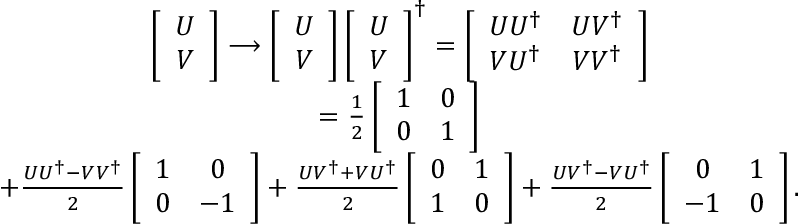
\begin{array} { c } { { \left[ \begin{array} { c } { { U } } \\ { { V } } \end{array} \right] \longrightarrow \left[ \begin{array} { c } { { U } } \\ { { V } } \end{array} \right] \left[ \begin{array} { c } { { U } } \\ { { V } } \end{array} \right] ^ { \dagger } = \left[ \begin{array} { c c } { { U U ^ { \dagger } } } & { { U V ^ { \dagger } } } \\ { { V U ^ { \dagger } } } & { { V V ^ { \dagger } } } \end{array} \right] } } \\ { { = \frac { 1 } { 2 } \left[ \begin{array} { c c } { { 1 } } & { { 0 } } \\ { { 0 } } & { { 1 } } \end{array} \right] } } \\ { { + \frac { U U ^ { \dagger } - V V ^ { \dagger } } { 2 } \left[ \begin{array} { c c } { { 1 } } & { { 0 } } \\ { { 0 } } & { { - 1 } } \end{array} \right] + \frac { U V ^ { \dagger } + V U ^ { \dagger } } { 2 } \left[ \begin{array} { c c } { { 0 } } & { { 1 } } \\ { { 1 } } & { { 0 } } \end{array} \right] + \frac { U V ^ { \dagger } - V U ^ { \dagger } } { 2 } \left[ \begin{array} { c c } { { 0 } } & { { 1 } } \\ { { - 1 } } & { { 0 } } \end{array} \right] . } } \end{array}